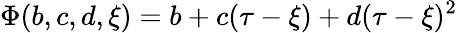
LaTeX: \Phi(b,c,d,\xi)=b+c(\tau-\xi)+d(\tau-\xi)^{2}